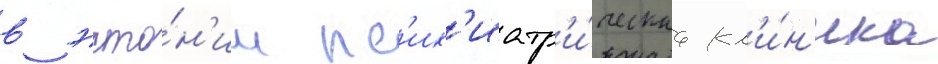
в эсто́н'ии пс'их'иатр'и́ческаа кл'и́н'ика